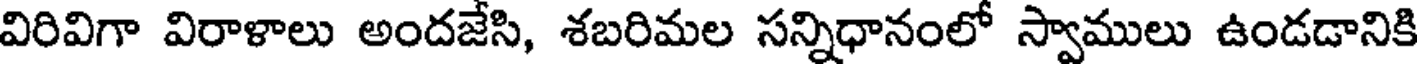
విరివిగా విరాళాలు అందజేసి, శబరిమల సన్నిధానంలో స్వాములు ఉండడానికి